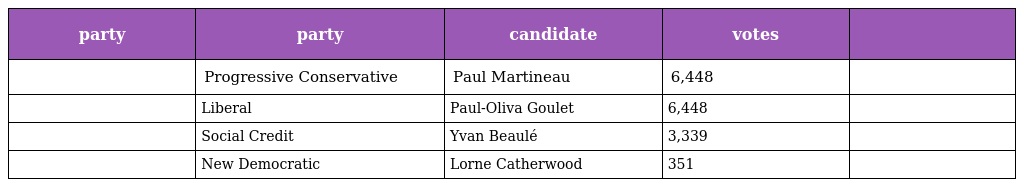
| party | party | candidate | votes |  |
 | --- | --- | --- | --- | --- |
 |  | Progressive Conservative | Paul Martineau | 6,448 |  |
 |  | Liberal | Paul-Oliva Goulet | 6,448 |  |
 |  | Social Credit | Yvan Beaulé | 3,339 |  |
 |  | New Democratic | Lorne Catherwood | 351 |  |